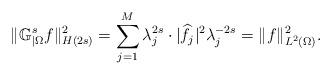
LaTeX: \begin{align*}\|\mathbb{G}^s_{|\Omega} f\|_{H(2s)}^2=\sum_{j=1}^M\lambda_j^{2s}\cdot \vert\widehat f_j\vert^2\lambda_j^{-2s} = \|f\|_{L^2(\Omega)}^2.\end{align*}